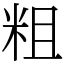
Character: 粗